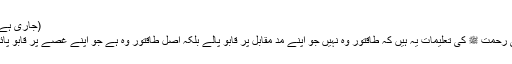
(جاری ہے) ہ
نبیٔ رحمت ﷺ کی تعلیمات یہ ہیں کہ طاقتور وہ نہیں جو اپنے مدِ مقابل پر قابو پالے بلکہ اصل طاقتور وہ ہے جو اپنے غصے پر قابو پائے۔